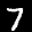
Label: 7